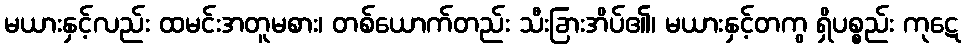
မယားနှင့်လည်း ထမင်းအတူမစား၊ တစ်ယောက်တည်း သီးခြားအိပ်၏၊ မယားနှင့်တကွ ရှိပစ္စည်း ကုဋေ